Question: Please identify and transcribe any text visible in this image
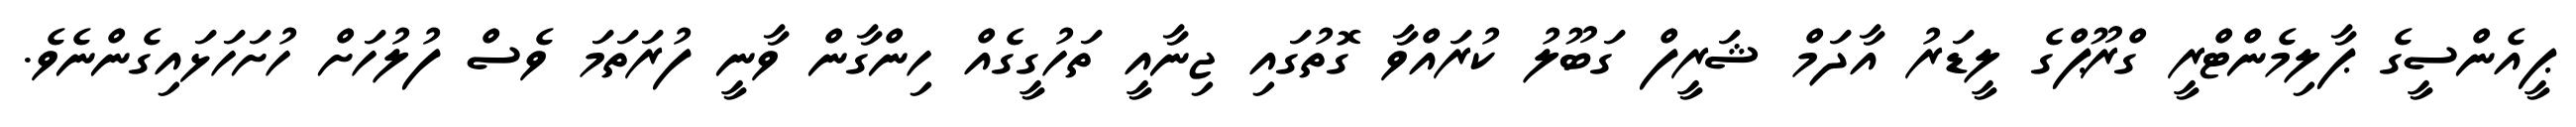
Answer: ޕީއެންސީގެ ޕާލިމެންޓްރީ ގްރޫޕްގެ ލީޑަރު އާދަމް ޝަރީފް ގަބޫލު ކުރައްވާ ގޮތުގައި ޖިނާއީ ތަހުގީގެއް ހިންގާން ވާނީ ފުރަތަމަ ވެސް ފުލުހަށް ހުށަހަޅައިގެންނެވެ.